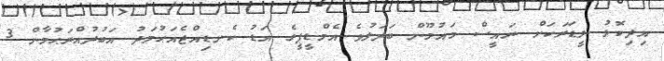
އިދިކޮޅު ލީޑަރަކަށް ރައީސް މައުމޫން ބަދަލުވެ އެމްޑީޕީގެ އަޑު ކެނޑިއްޖެއަޙުމަދު އަބުދުއްރަޙުމާން 3